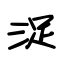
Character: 浞